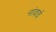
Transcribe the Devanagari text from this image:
नांवाचें